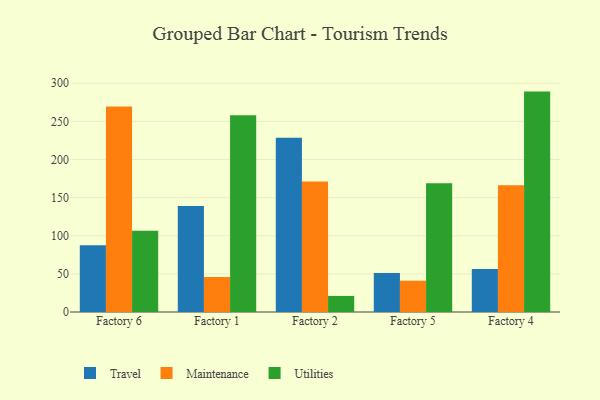
{"axis": {"x": "Factory", "y": "Revenue (USD Million)"}, "legend": ["Maintenance", "Travel", "Utilities"], "data": [{"x": "Factory 6", "y": 87.5, "type": "Travel"}, {"x": "Factory 6", "y": 269.5, "type": "Maintenance"}, {"x": "Factory 6", "y": 106.6, "type": "Utilities"}, {"x": "Factory 1", "y": 139.2, "type": "Travel"}, {"x": "Factory 1", "y": 45.9, "type": "Maintenance"}, {"x": "Factory 1", "y": 258.1, "type": "Utilities"}, {"x": "Factory 2", "y": 228.7, "type": "Travel"}, {"x": "Factory 2", "y": 171.1, "type": "Maintenance"}, {"x": "Factory 2", "y": 21.1, "type": "Utilities"}, {"x": "Factory 5", "y": 51.0, "type": "Travel"}, {"x": "Factory 5", "y": 41.1, "type": "Maintenance"}, {"x": "Factory 5", "y": 168.8, "type": "Utilities"}, {"x": "Factory 4", "y": 56.4, "type": "Travel"}, {"x": "Factory 4", "y": 166.4, "type": "Maintenance"}, {"x": "Factory 4", "y": 289.1, "type": "Utilities"}]}